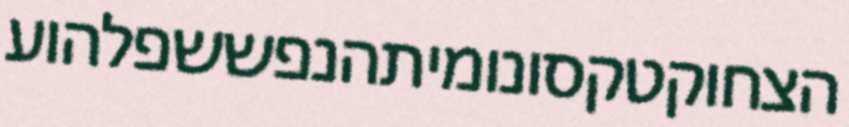
הצחוקטקסונומיתהנפששפלהוע